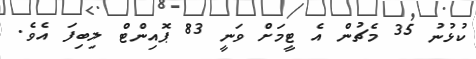
ކުޅުނު 35 މެޗުން އެ ޓީމަށް ވަނީ 83 ޕޮއިންޓް ލިބިފަ އެވެ.